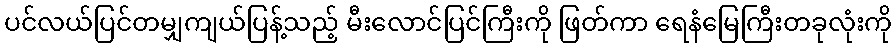
ပင်လယ်ပြင်တမျှကျယ်ပြန့်သည့် မီးလောင်ပြင်ကြီးကို ဖြတ်ကာ ရေနံမြေကြီးတခုလုံးကို